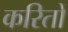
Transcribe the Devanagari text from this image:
करितों